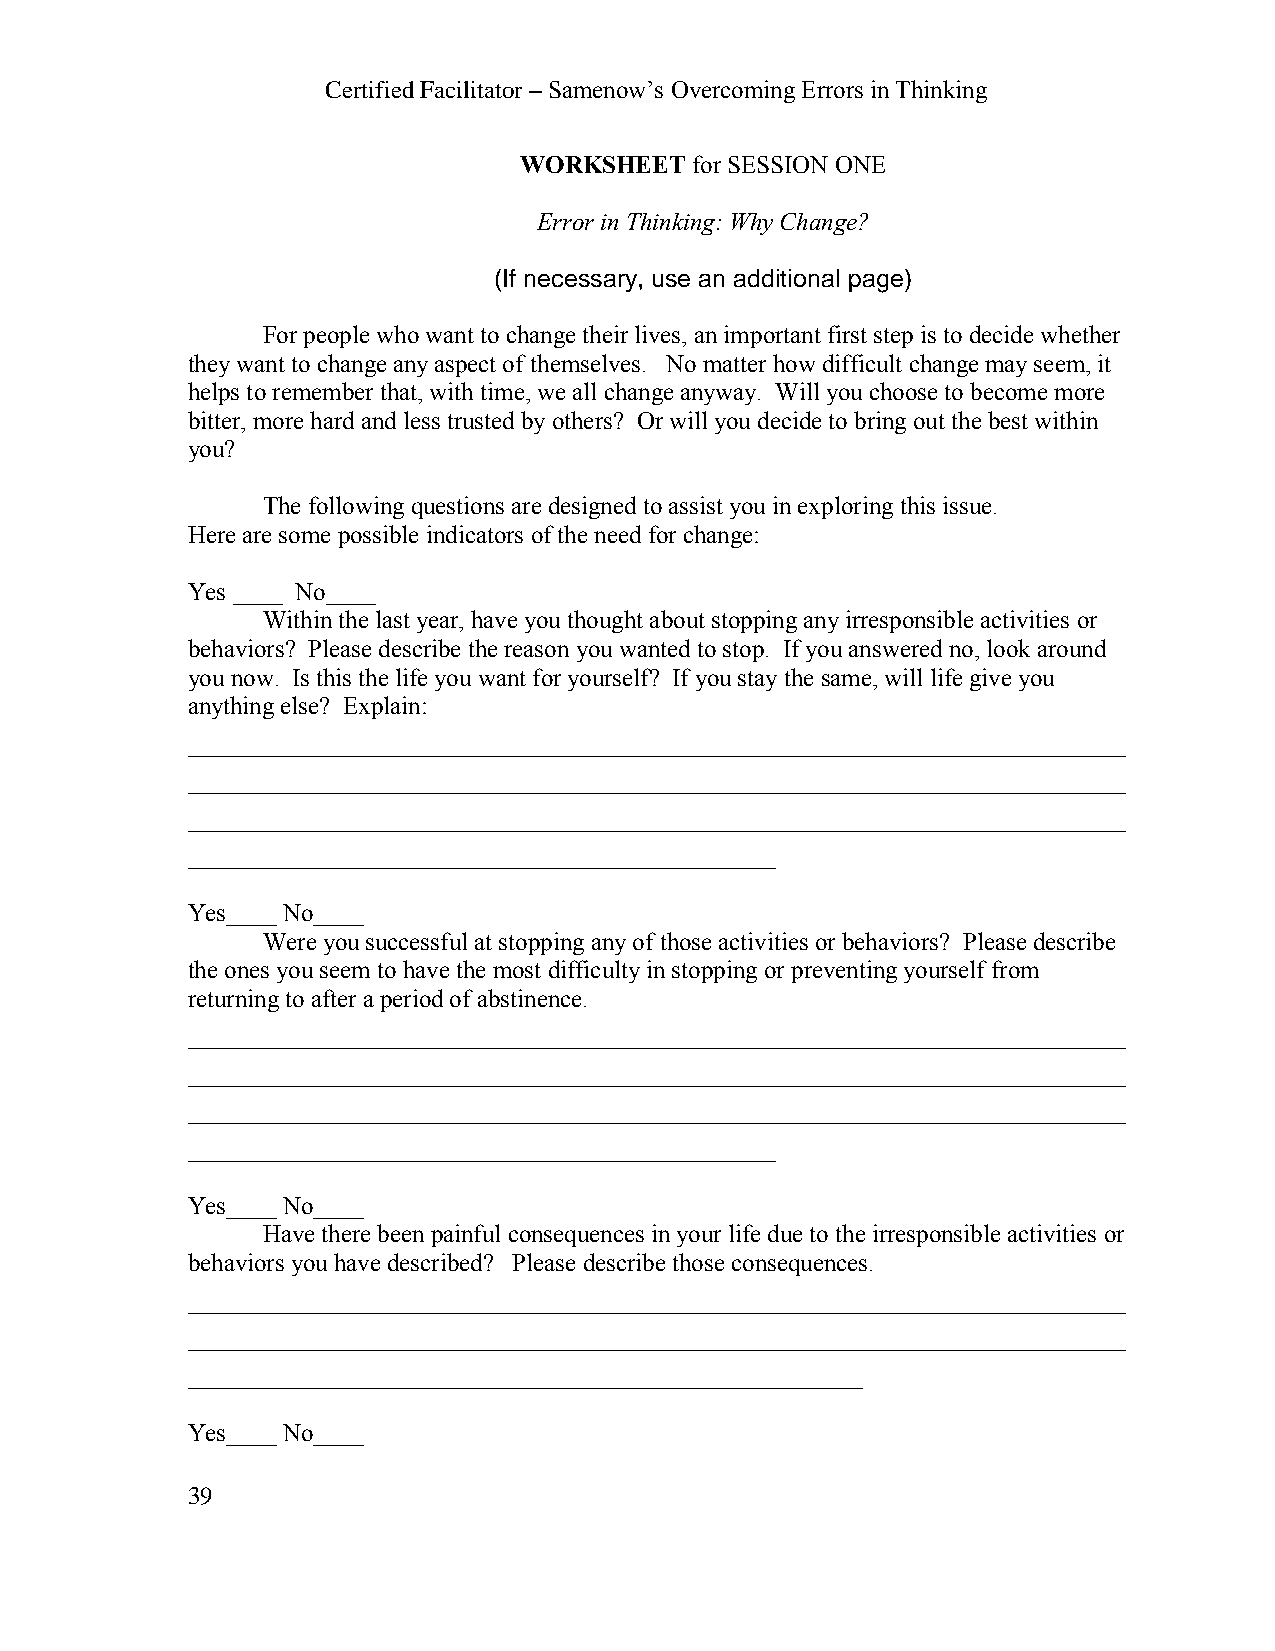
Certified Facilitator – Samenow’s Overcoming Errors in Thinking
 WORKSHEET   for SESSION ONE
 Error in Thinking: Why Change?
 (If necessary, use an additional page)
 For people who want to change their lives, an important first step is to decide whether
 they want to change any aspect of themselves. No matter how difficult change may seem, it
 helps to remember that, with time, we all change anyway. Will you choose to become more
 bitter, more hard and less trusted by others? Or will you decide to bring out the best within
 you?
 The following questions are designed to assist you in exploring this issue.
 Here are some possible indicators of the need for change:
 Yes ____ No____
 Within the last year, have you thought about stopping any irresponsible activities or
 behaviors? Please describe the reason you wanted to stop. If you answered no, look around
 you now. Is this the life you want for yourself? If you stay the same, will life give you
 anything else? Explain:
 ___________________________________________________________________________
 ___________________________________________________________________________
 ___________________________________________________________________________
 _______________________________________________
 Yes____ No____
 Were you successful at stopping any of those activities or behaviors? Please describe
 the ones you seem to have the most difficulty in stopping or preventing yourself from
 returning to after a period of abstinence.
 ___________________________________________________________________________
 ___________________________________________________________________________
 ___________________________________________________________________________
 _______________________________________________
 Yes____ No____
 Have there been painful consequences in your life due to the irresponsible activities or
 behaviors you have described? Please describe those consequences.
 ___________________________________________________________________________
 ___________________________________________________________________________
 ______________________________________________________
 Yes____ No____
 39